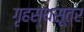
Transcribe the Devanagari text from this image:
गृहस्थसूत्र